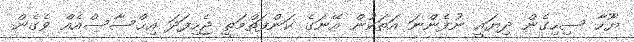
ޔޫހާ ސިހިގެން ދިޔައީ ނުފެންނަ އަތަކުން އޭނަގެ ކަންފަތްމަތީ ޖެހިފަދަ އިޙްސާސްއެއް ވެގެން